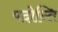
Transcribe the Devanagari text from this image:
पदोन्ति